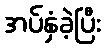
အပ်နှံခဲ့ပြီး